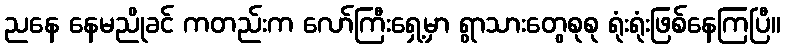
ညနေ နေမညိုခင် ကတည်းက လော်ကြီးရှေ့မှာ ရွာသားတွေစုစု ရုံးရုံးဖြစ်နေကြပြီ။